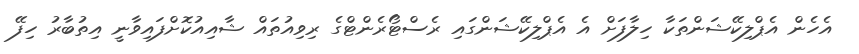
އެހެން އެޕްލިކޭޝަންތަކާ ހިލާފަށް އެ އެޕްލިކޭޝަންގައި ރެސްޓޯރެންޓްގެ ރިވިއުތައް ޝާއިއުކޮށްފައިވާނީ އިތުބާރު ހިފޭ